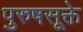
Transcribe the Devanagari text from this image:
पुरुषसूक्ते